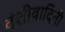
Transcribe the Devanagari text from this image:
वंशीवादिनी